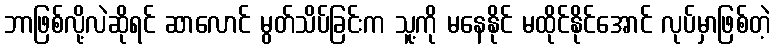
ဘာဖြစ်လို့လဲဆိုရင် ဆာလောင် မွတ်သိပ်ခြင်းက သူ့ကို မနေနိုင် မထိုင်နိုင်အောင် လုပ်မှာဖြစ်တဲ့